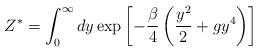
LaTeX: \begin{align*}Z^{*}=\int_{0}^{\infty} dy \exp\left[-\frac{\beta}{4}\left(\frac{y^2}{2} +g y^4\right)\right]\end{align*}